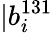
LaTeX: |b_{i}^{131}